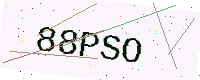
Text: 88PSO